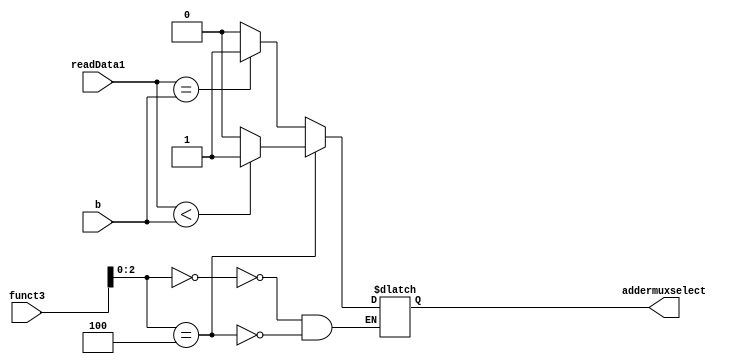
`timescale 1ns / 1ps
//////////////////////////////////////////////////////////////////////////////////
// Company: 
// Engineer: 
// 
// Design Name: 
// Module Name: Branch_unit
// Project Name: 
// Target Devices: 
// Tool Versions: 
// Description: 
// 
// Dependencies: 
// 
// Revision:
// Revision 0.01 - File Created
// Additional Comments:
// 
//////////////////////////////////////////////////////////////////////////////////

module Branch_Unit(
   input [3:0] funct3,
   input [63:0] readData1,
   input [63:0] b,
   output reg addermuxselect
  );
  
  initial
    begin
      addermuxselect = 1'b0;
    end
  
  always @(*)
	begin
      case (funct3[2:0])
        3'b000:
          begin
            if (readData1 == b)
              addermuxselect = 1'b1;
            else
              addermuxselect = 1'b0;
            end
         3'b100:
    		begin
              if (readData1 < b)
              addermuxselect = 1'b1;
            else
              addermuxselect = 1'b0;
            end
      endcase
     end
endmodule